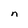
Character: n